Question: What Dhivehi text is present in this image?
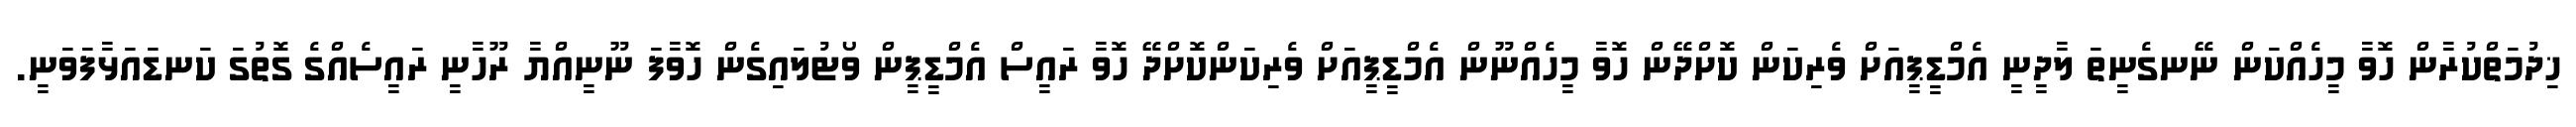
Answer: ޚިދުމަތްކުރާން ހޮވާ މީހެއްކަން ނޭނގެނީތަ ލާދީނީ އެމްޑީޕީއަށް ވެރިކަން ކޮށްދޭން ހޮވާ މީހެއްނޫން އެމްޑީޕީއަށް ވެރިކަންކޮށްދޭ ހޮވާ ރައީސް އެމްޑީޕީން ވޯޓުލައިގެން ހޮވާފަ ނޫނީއްޔާ ރޫހާނީ ރައީސެއްގެ ގޮތުގަ ކަނޑައަޅާފަވަނީ.